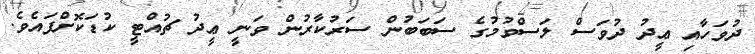
ދުވަހާއި ޢީދު ދުވަސް ލަސްވުމުގެ ސަބަބުން ސަރުކާރުން ވަނީ ޢީދު ޗުއްޓީ ކުޑަކޮށްފައެވެ.